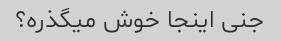
جنی اینجا خوش میگذره؟